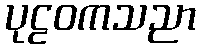
ပုဠဝကသညာ